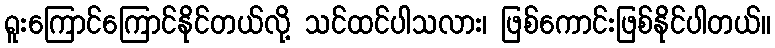
ရူးကြောင်ကြောင်နိုင်တယ်လို့ သင်ထင်ပါသလား၊ ဖြစ်ကောင်းဖြစ်နိုင်ပါတယ်။